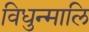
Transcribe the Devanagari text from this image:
विधुन्मालि